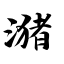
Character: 潴